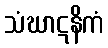
သံဃာဋနိကံ